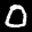
Label: 0